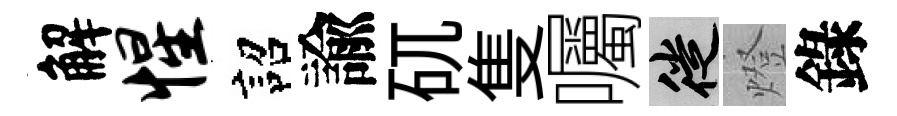
解惺詔諭矹隻囑徙燈錄